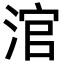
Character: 涫